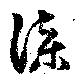
漆